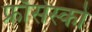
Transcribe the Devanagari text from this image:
फ्राँसेस्को